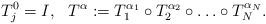
LaTeX: \begin{align*}T_j^{0}=I, \ \ T^{\alpha}:=T_{1}^{\alpha_1} \circ T_2^{\alpha_2} \circ \ldots \circ T_{N}^{\alpha_N}.\end{align*}